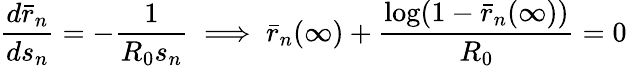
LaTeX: \frac{d\bar{r}_{n}}{ds_{n}}=-\frac{1}{R_{0}s_{n}}\implies\bar{r}_{n}(\infty)+\frac{\log(1-\bar{r}_{n}(\infty))}{R_{0}}=0